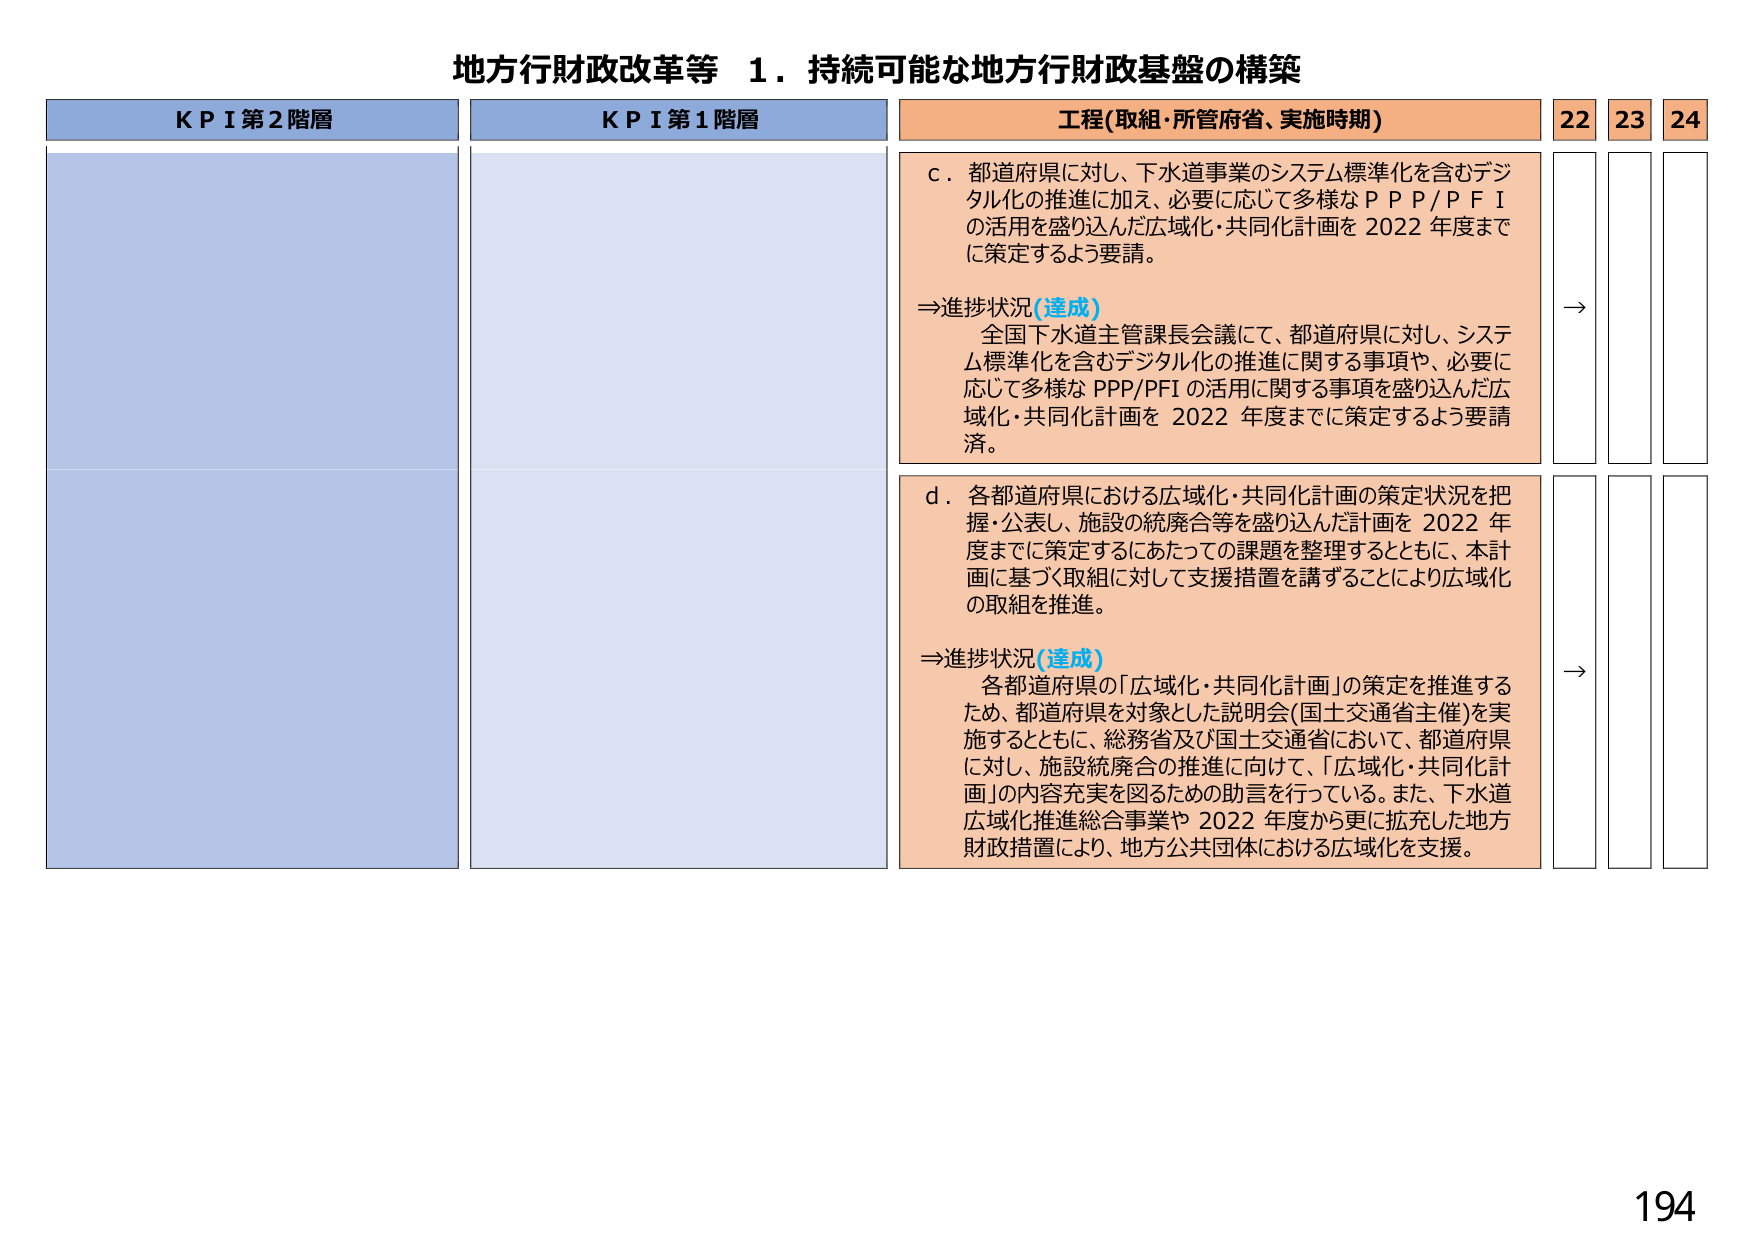
地方行財政改革等 １．持続可能な地方行財政基盤の構築

KPI第2階層
KPI第1階層
工程(取組・所管府省、実施時期)
22 23 24

c．都道府県に対し、下水道事業のシステム標準化を含むデジタル化の推進に加え、必要に応じて多様なＰＰＰ/ＰＦＩの活用を盛り込んだ広域化・共同化計画を2022年度までに策定するよう要請。

⇒進捗状況(達成)
全国下水道主管課長会議にて、都道府県に対し、システム標準化を含むデジタル化の推進に関する事項や、必要に応じて多様なPPP/PFIの活用に関する事項を盛り込んだ広域化・共同化計画を2022年度までに策定するよう要請済。

d．各都道府県における広域化・共同化計画の策定状況を把握・公表し、施設の統廃合等を盛り込んだ計画を2022年度までに策定するにあたっての課題を整理するとともに、本計画に基づく取組に対して支援措置を講ずることにより広域化の取組を推進。

⇒進捗状況(達成)
各都道府県の「広域化・共同化計画」の策定を推進するため、都道府県を対象とした説明会(国土交通省主催)を実施するとともに、総務省及び国土交通省において、都道府県に対し、施設統廃合の推進に向けて、「広域化・共同化計画」の内容充実を図るための助言を行っている。また、下水道広域化推進総合事業や2022年度から更に拡充した地方財政措置により、地方公共団体における広域化を支援。

→
→

194